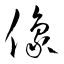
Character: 像